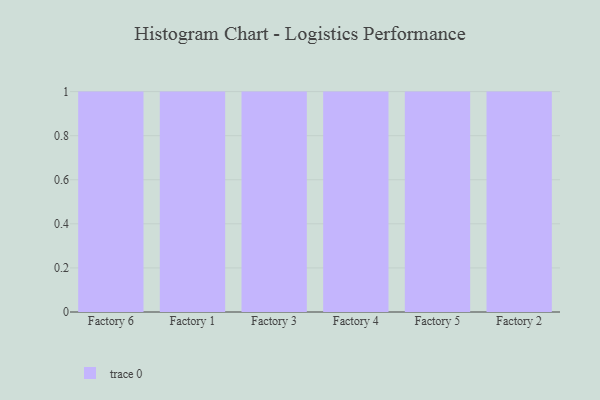
{"axis": {"x": "Factory", "y": "Customer Acquisition Cost (USD)"}, "legend": [""], "data": [{"x": "Factory 6", "y": 77, "type": ""}, {"x": "Factory 1", "y": 2, "type": ""}, {"x": "Factory 3", "y": 37, "type": ""}, {"x": "Factory 4", "y": 43, "type": ""}, {"x": "Factory 5", "y": 82, "type": ""}, {"x": "Factory 2", "y": 4, "type": ""}]}